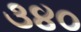
૩૪૦